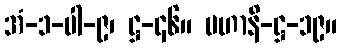
အံ-၁-ပါ-၉၊ ဋ္ဌ-၄၆။ မဟာနိ-ဋ္ဌ-၁၉။